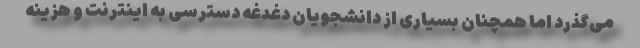
می‌گذرد اما همچنان بسیاری از دانشجویان دغدغه دسترسی به اینترنت و هزینه